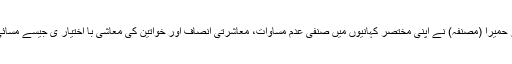
انہوں نے کہا کہ ڈاکٹر حمیرا (مصنفہ) نے اپنی مختصر کہانیوں میں صنفی عدم مساوات، معاشرتی انصاف اور خواتین کی معاشی با اختیار ی جیسے مسائی پر روشنی ڈالی ہے ۔